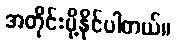
အတိုင်းပို့နိုင်ပါတယ်။